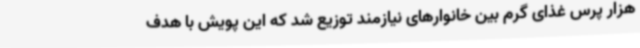
هزار پرس غذای گرم بین خانوارهای نیازمند توزیع شد که این پویش با هدف